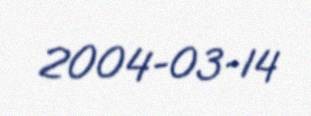
2004-03-14